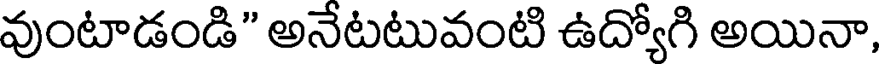
వుంటాడండి" అనేటటువంటి ఉద్యోగి అయినా,